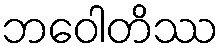
ဘဝေါတိဿ